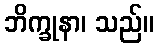
ဘိက္ခုနာ၊ သည်။